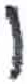
אות: ו